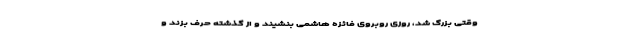
وقتی بزرگ شد، روزی روبروی فائزه هاشمی بنشیند و از گذشته حرف بزند و